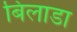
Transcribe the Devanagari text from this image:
बिलाडा